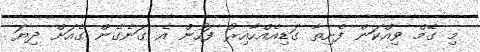
މި ގޭމް ވިއްކަން ފެށިތާ ގަޑިއެއްހާއިރު ފަހުން އެ ގަނެގެން ގެއަށް ދިޔަ